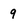
Character: 9